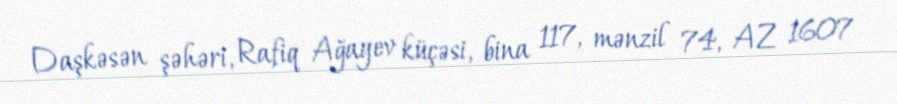
Daşkəsən şəhəri, Rafiq Ağayev küçəsi, bina 117, mənzil 74, AZ 1607